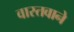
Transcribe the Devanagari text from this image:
वास्तवाने